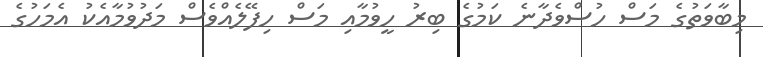
މިބާވަތުގެ މަސް ހުސްވެދާނެ ކަމުގެ ބިރު ހީވުމާއި މަސް ހިފޭލެއްވެސް މަދުވުމާއެކު އެމަހުގެ